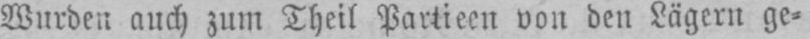
Wurden auch zum Theil Partieen von den Lägern ge⸗